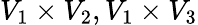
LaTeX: V_{1}\times V_{2},V_{1}\times V_{3}